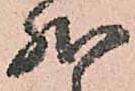
然